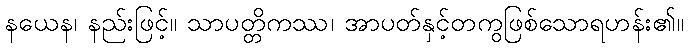
နယေန၊ နည်းဖြင့်။ သာပတ္တိကဿ၊ အာပတ်နှင့်တကွဖြစ်သောရဟန်း၏။